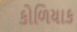
કોળિયાક